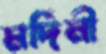
মর্দিনী